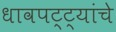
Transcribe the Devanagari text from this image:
धावपट्ट्यांचे